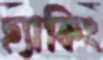
হ্যাকিং